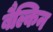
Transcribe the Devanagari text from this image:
बैल्किन